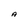
Character: A